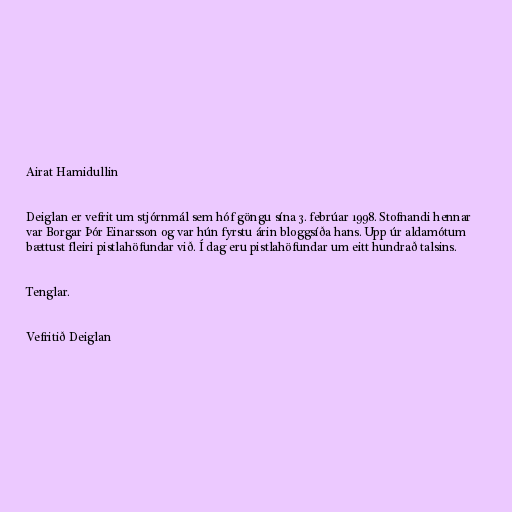
Airat Hamidullin

Deiglan er vefrit um stjórnmál sem hóf göngu sína 3. febrúar 1998. Stofnandi hennar
var Borgar Þór Einarsson og var hún fyrstu árin bloggsíða hans. Upp úr aldamótum
bættust fleiri pistlahöfundar við. Í dag eru pistlahöfundar um eitt hundrað talsins.

Tenglar.

Vefritið Deiglan